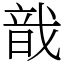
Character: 戠